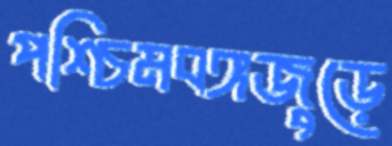
পশ্চিমবঙ্গজুড়ে